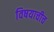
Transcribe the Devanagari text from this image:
विषयाचीच